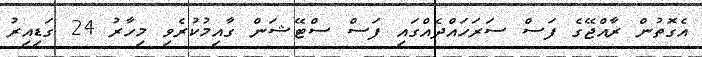
އެގޮތުން ރާއްޖޭގެ ފަސް ސަރަހައްދެއްގައި ފަސް ސްޓޭޝަން ގާއިމުކުރެވި މިހާރު 24 ގަޑިއިރު